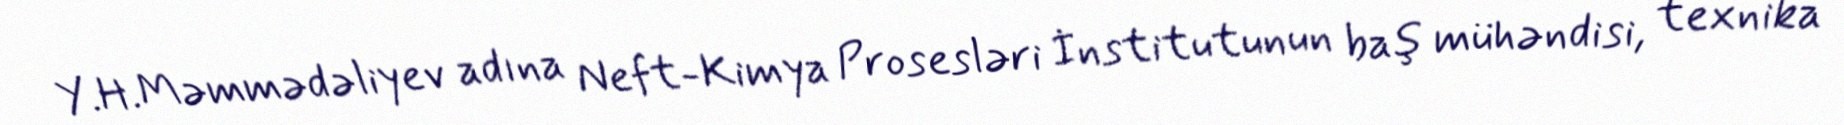
Y.H.Məmmədəliyev adına Neft-Kimya Prosesləri İnstitutunun baş mühəndisi, texnika